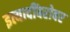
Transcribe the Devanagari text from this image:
इत्यादींबरोबर